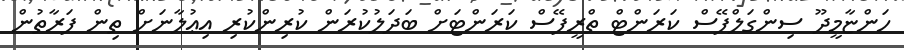
ހަންޏާމީދޫ ސިންގަލްފޭސް ކަރަންޓް ތްރީފޭސް ކަރަންޓަށް ބަދަލުކުރަން ކުރިންކުރި އިޢުލާނަށް ތިން ފަރާތުން